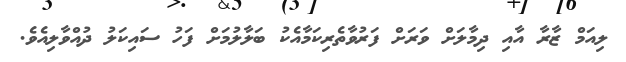
ލިއަމް ޒާރާ އާއި ދިމާލަށް ވަރަަށް ފަރުވާތެރިކަމާއެކު ބަލާލުމަށް ފަހު ސައިކަލު ދުއްވާލިއެވެ.